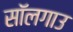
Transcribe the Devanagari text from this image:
सॉलगाउ